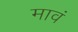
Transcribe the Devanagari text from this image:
मावं